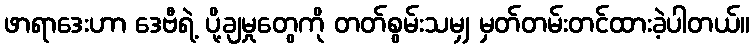
ဖာရာဒေးဟာ ဒေဗီရဲ့ ပို့ချမှုတွေကို တတ်စွမ်းသမျှ မှတ်တမ်းတင်ထားခဲ့ပါတယ်။